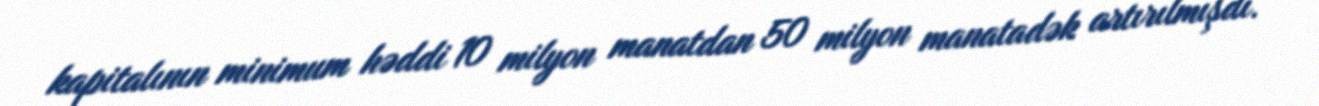
kapitalının minimum həddi 10 milyon manatdan 50 milyon manatadək artırılmışdı.